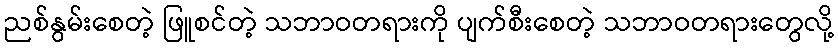
ညစ်နွမ်းစေတဲ့ ဖြူစင်တဲ့ သဘာဝတရားကို ပျက်စီးစေတဲ့ သဘာဝတရားတွေလို့